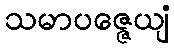
သမာပဇ္ဇေယျံ